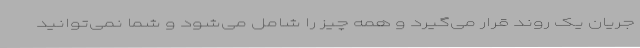
جریان یک روند قرار می‌گیرد و همه چیز را شامل می‌شود و شما نمی‌توانید